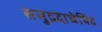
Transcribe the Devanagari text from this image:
समुद्रदाचेयिंद